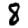
Digit: 8